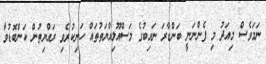
ނަމަވެސް މިއަދު މި ފެންނަނީ ބަންޑާރަ ނައިބުގެ މަސްއޫލިއްޔަތުތައް ހަނިކުރެވި ރައްޔިތުން ކަންބޮޑުވާ